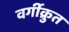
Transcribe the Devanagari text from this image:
वर्गीक्रुत